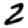
Digit: 2